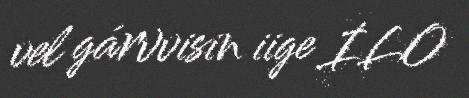
vel gárvvisin iige ILO